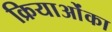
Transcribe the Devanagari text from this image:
क्रियाओंका